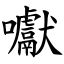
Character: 囐